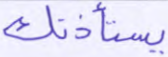
يستأذنك